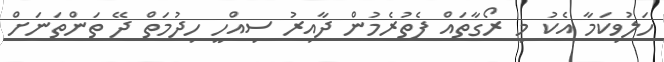
ހަލުވިކަމާ އެކު މި ރޯގާތައް ފެތުރެމުން ދާއިރު ސިއްހީ ހިދުމަތް ދޭ ތަންތަނަށް